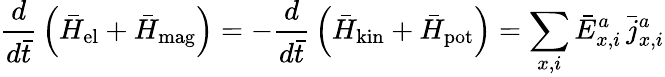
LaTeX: {\frac{d}{d\bar{t}}}\left(\bar{H}_{\mathrm{el}}+\bar{H}_{\mathrm{mag}}\right)=-{\frac{d}{d\bar{t}}}\left(\bar{H}_{\mathrm{kin}}+\bar{H}_{\mathrm{pot}}\right)=\sum_{x,i}\bar{E}_{x,i}^{a}\, {\bar{j}}_{x,i}^{a}